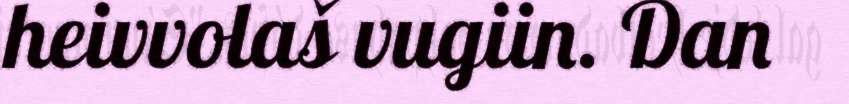
heivvolaš vugiin. Dan